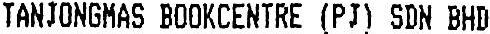
TANJONGMAS BOOKCENTRE (PJ) SDN BHD